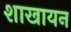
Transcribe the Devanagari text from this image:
शाखायन